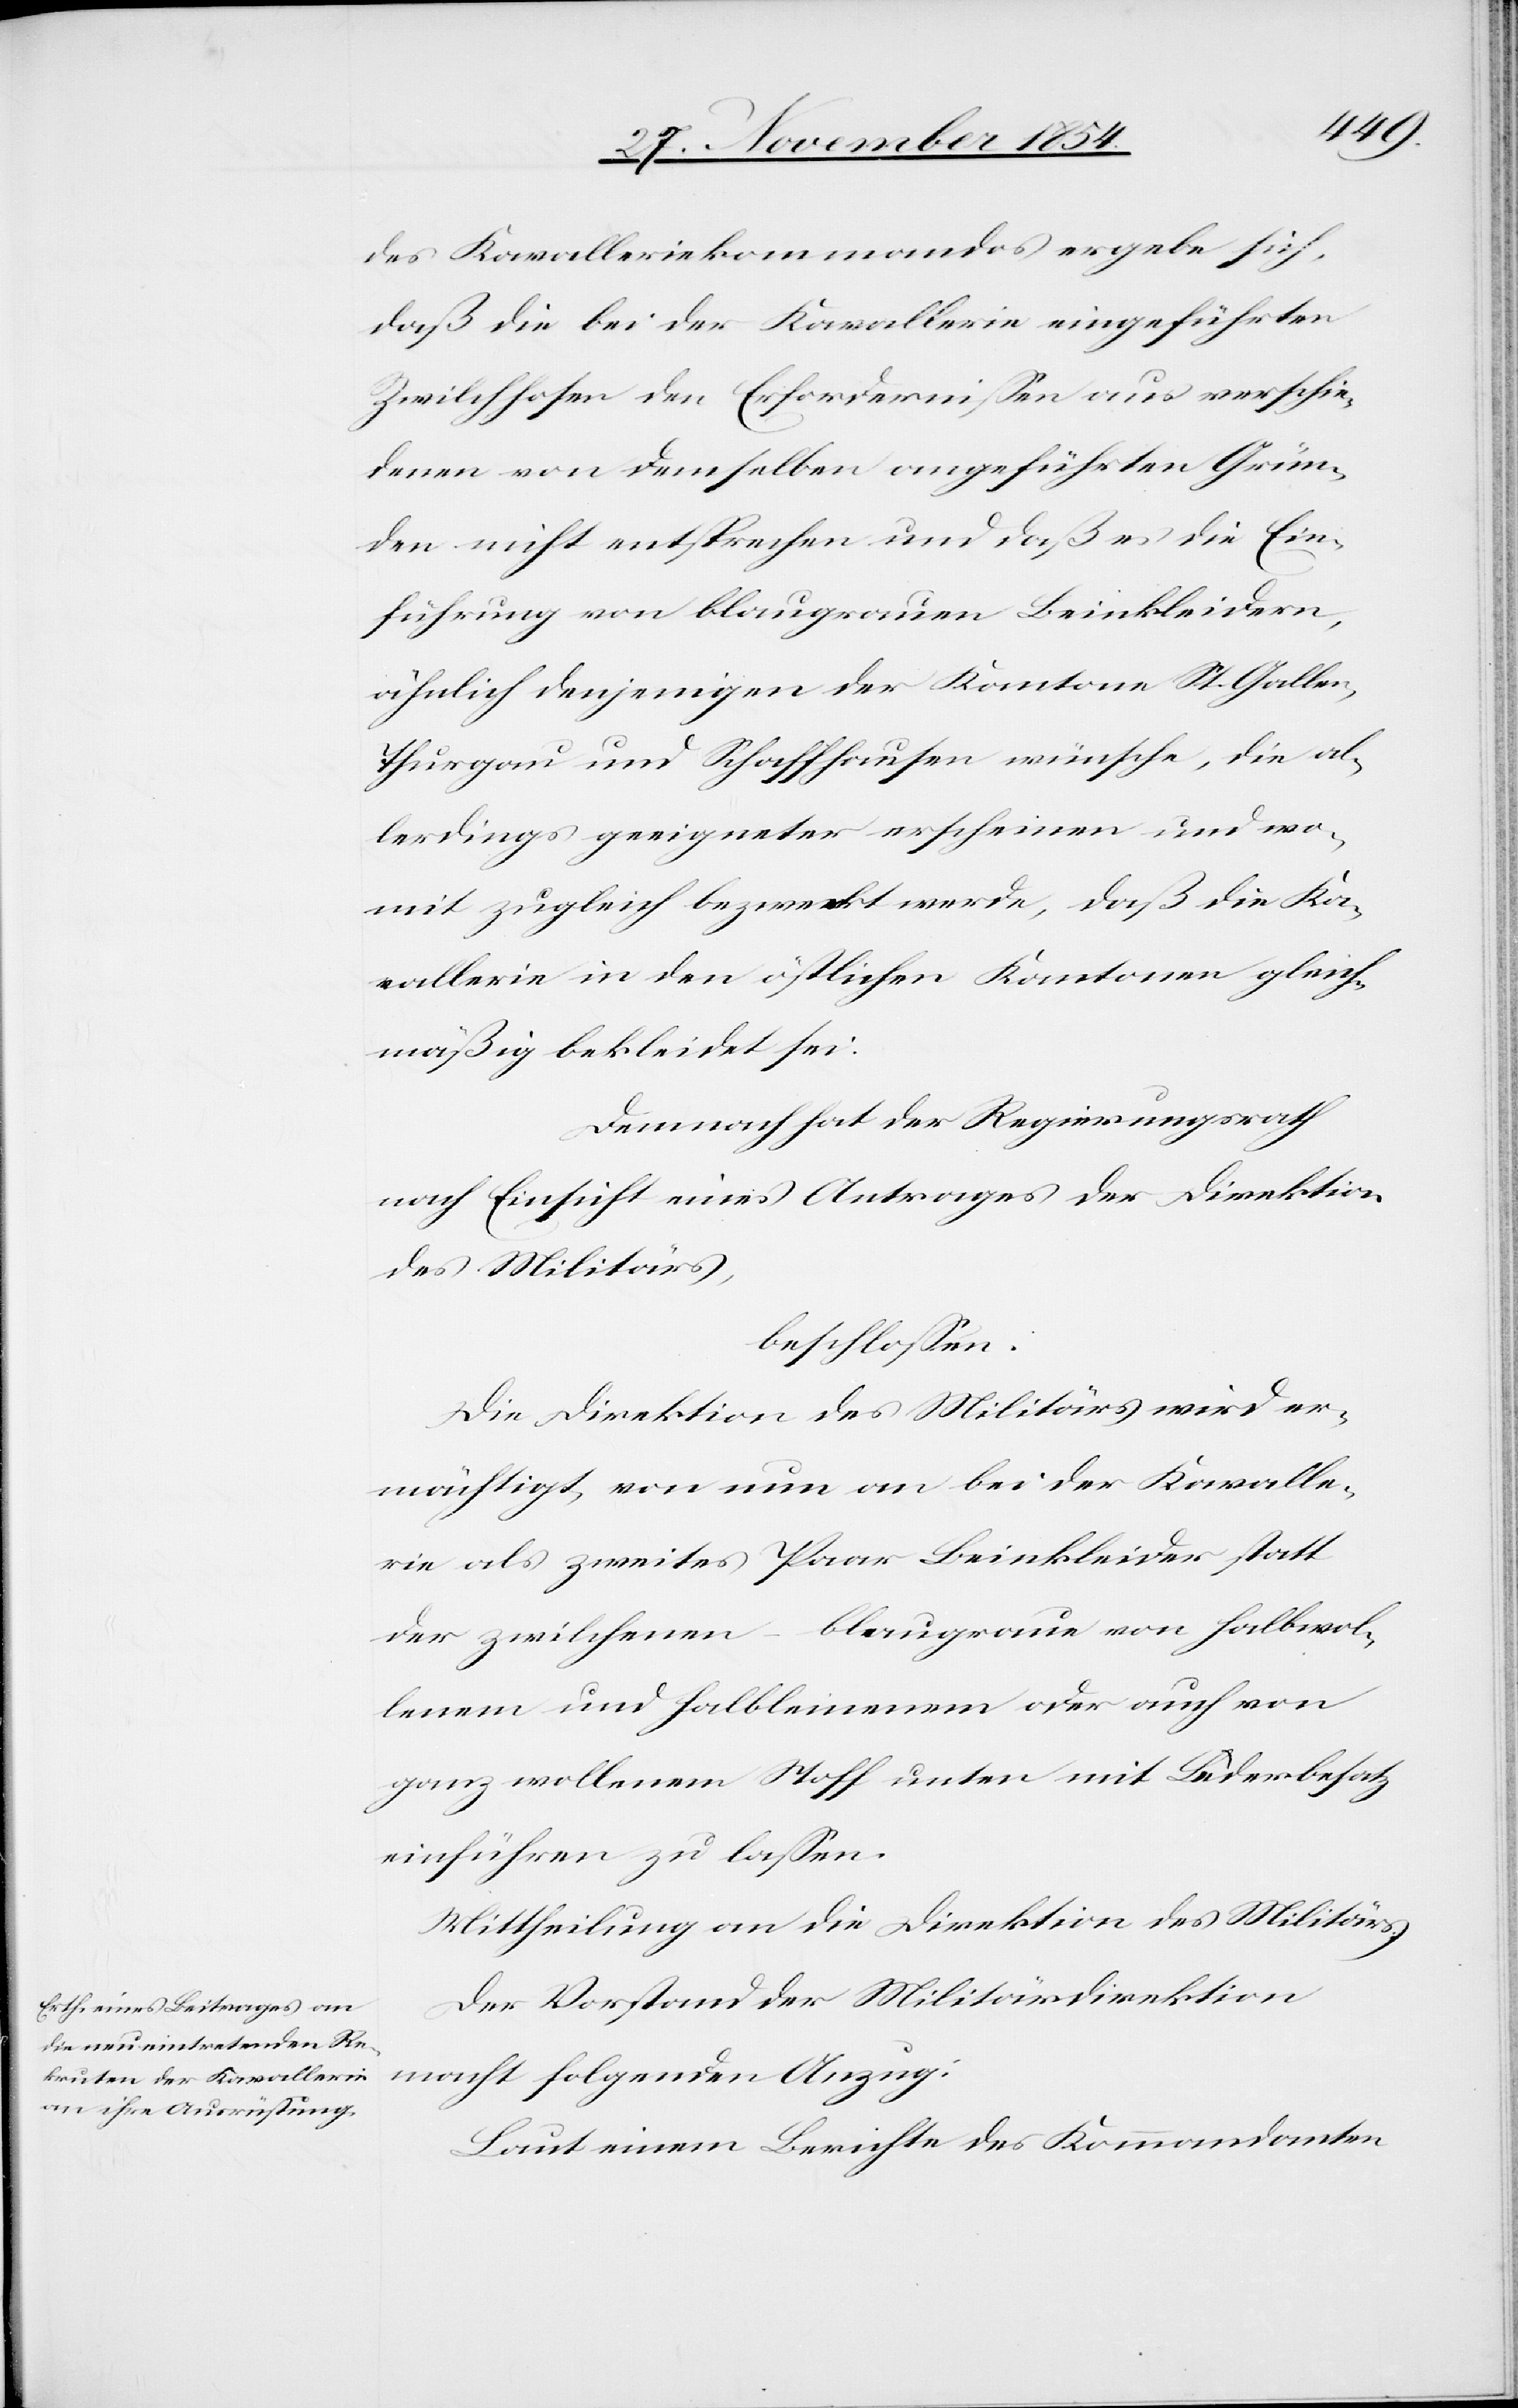
des Kavalleriekommandos ergebe sich,
daß die bei der Kavallerie eingeführten
Zwilchhosen den Erfordernißen aus verschie¬
denen von demselben angeführten Grün¬
den nicht entsprechen und daß es die Ein¬
führung von blaugrauen Beinkleidern,
ähnlich denjenigen der Kantone St. Gallen,
Thurgau und Schaffhausen wünsche, die al¬
lerdings geeigneter erscheinen und wo¬
mit zugleich bezweckt werde, daß die Ka¬
vallerie in den östlichen Kantonen gleich¬
mäßig bekleidet sei.
Demnach hat der Regierungsrath
nach Einsicht eines Antrages der Direktion
des Militärs,
beschloßen:
Die Direktion des Militärs wird er¬
mächtigt, von nun an bei der Kavalle¬
rie als zweites Paar Beinkleider statt
der zwilchenen – blaugraue von halbwol¬
lenem und halbleinenem oder auch von
ganz wollenem Stoff unten mit Lederbesatz
einführen zu laßen.
Mittheilung an die Direktion des Militärs.
Der Vorstand der Militärdirektion
macht folgenden Anzug:
Laut einem Berichte des Kommandanten